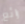
رائع